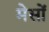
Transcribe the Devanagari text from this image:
मेसों